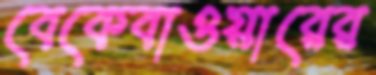
বেকেবাওয়ারের